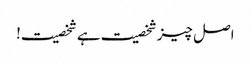
اصل چیز شخصیت ہے شخصیت!